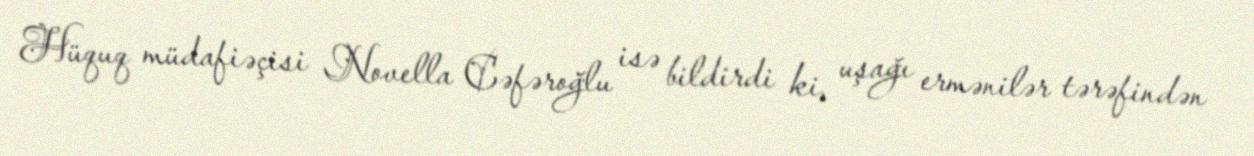
Hüquq müdafiəçisi Novella Cəfəroğlu isə bildirdi ki, uşağı ermənilər tərəfindən